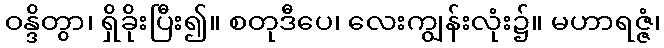
ဝန္ဒိတွာ၊ ရှိခိုးပြီး၍။ စတုဒီပေ၊ လေးကျွန်းလုံး၌။ မဟာရဇ္ဇံ၊